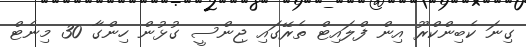
ގިނަ ކެބިންކްރޫ އިން ފްލައިޓް ތެރޭގައި ޖިންސީ ގުޅުން ހިންގާ 30 މިނެޓް